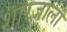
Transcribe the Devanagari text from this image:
शारजाला